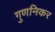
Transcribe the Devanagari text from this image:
गुणनिकर